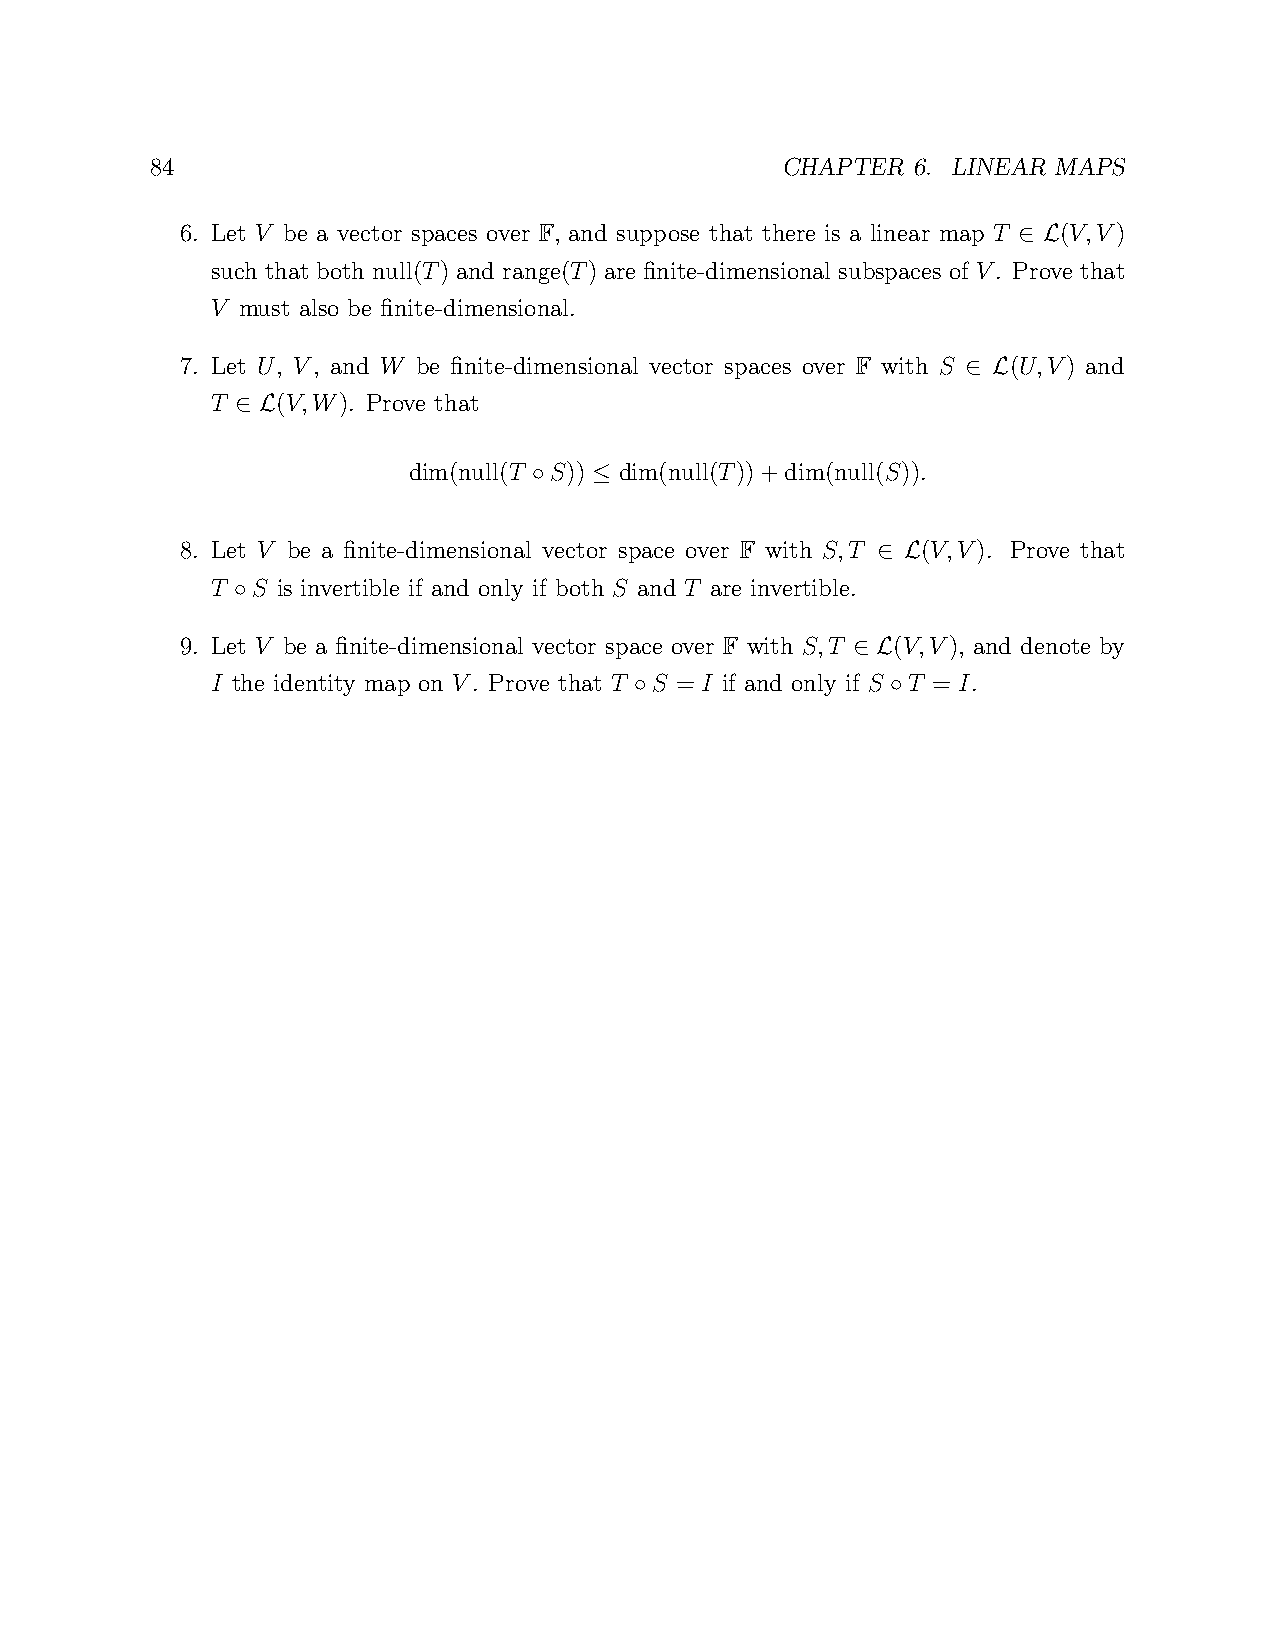
84                                        CHAPTER 6. LINEAR MAPS
 6. Let V be a vector spaces over F, and suppose that there is a linear map T (V,V)
 ∈ L
 such that both null(T) and range(T) are finite-dimensional subspaces of V. Prove that
 V must also be finite-dimensional.
 7. Let U, V, and W be finite-dimensional vector spaces over F with S (U,V) and
 ∈ L
 T   (V,W). Prove that
 ∈ L
 dim(null(T S)) dim(null(T))+dim(null(S)).
 ◦   ≤
 8. Let V be a finite-dimensional vector space over F with S,T (V,V). Prove that
 ∈ L
 T  S is invertible if and only if both S and T are invertible.
 ◦
 9. Let V be a finite-dimensional vector space over F with S,T (V,V), and denote by
 ∈ L
 I the identity map on V. Prove that T S = I if and only if S T = I.
 ◦                ◦